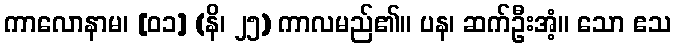
ကာလောနာမ၊ [၀၁] (နိ၊ ၂၅) ကာလမည်၏။ ပန၊ ဆက်ဦးအံ့။ သော ဧသ